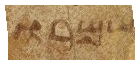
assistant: ואמרו